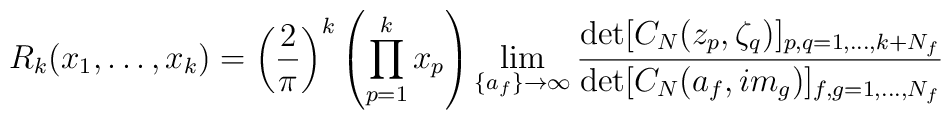
R_k(x_1, \dots, x_k) = \left(\frac2\pi\right)^k  \left(\prod_{p=1}^kx_p\right)  \lim_{\{a_f\}\to\infty}  \frac{\det[C_N(z_p,\zeta_q)]_{p,q=1,\dots,k+N_f}}  {\det[C_N(a_f,im_g)]_{f,g=1,\dots,N_f}}